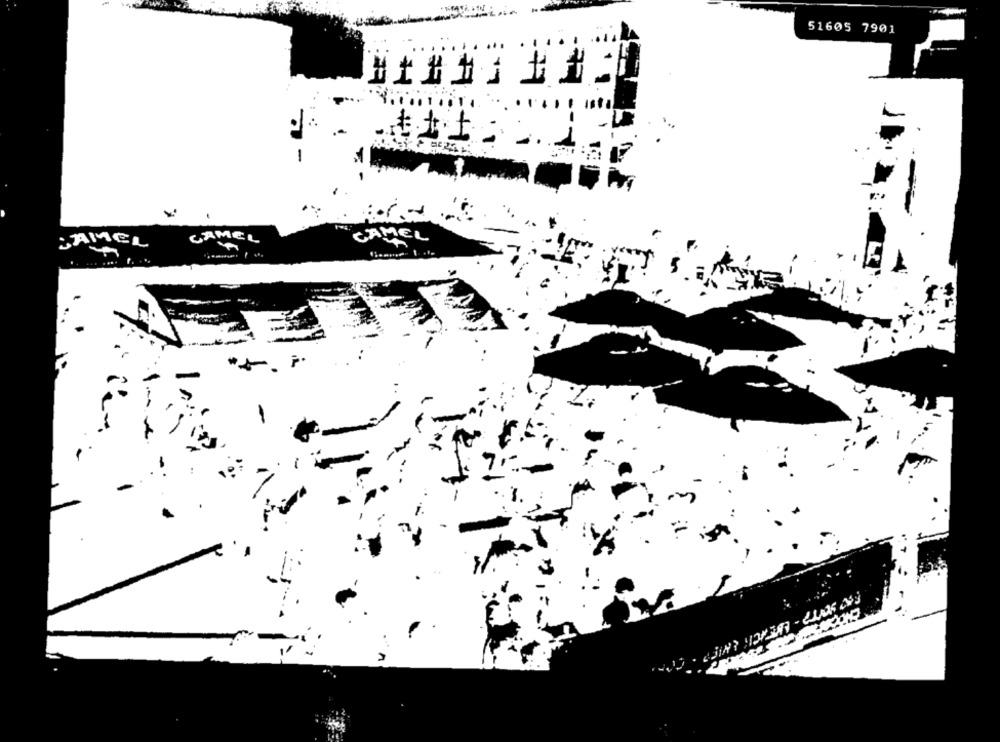
51605 7901
... ...
-
. -
CAMEL
CAMEL
LAMEL